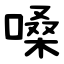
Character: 嗓